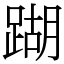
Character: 䠒